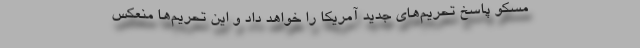
مسکو پاسخ تحریم‌های جدید آمریکا را خواهد داد و این تحریم‌ها منعکس